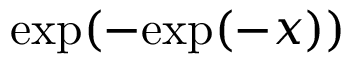
\mathrm { e x p } ( - \mathrm { e x p } ( - x ) )